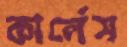
কার্লেস